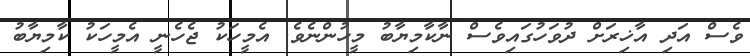
ވެސް އަދި އާޚިރަށް ދުވަހުގައިވެސް ނާކާމިޔާބު މީހުންނެވެ. އެމީހަކު ޖެހެނީ އެމީހަކު ކާމިޔާބު